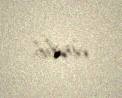
verilib.